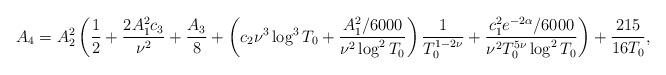
LaTeX: \begin{align*} A_4 = A_2^2\left( \frac{1}{2} + \frac{2A_1^2 c_3}{\nu^2} + \frac{A_3}{8} + \left( c_2 \nu^3 \log^3T_0 + \frac{A_1^2/6000}{\nu^2 \log^2 T_0} \right) \frac{1}{T_0^{1-2\nu}} + \frac{c_1^2 e^{-2\alpha} /6000 }{\nu^2 T_0^{5\nu}\log^2 T_0} \right) + \frac{215}{16T_0} ,\end{align*}